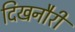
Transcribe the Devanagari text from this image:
दिखनौरी